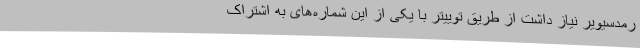
رمدسیویر نیاز داشت از طریق توییتر با یکی از این شماره‌های به اشتراک